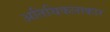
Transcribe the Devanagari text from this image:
अतिथिकलाकार